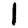
Digit: 1